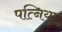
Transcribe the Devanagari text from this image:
पत्निया